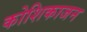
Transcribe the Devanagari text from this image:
कोशिकाजन